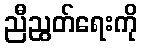
ညီညွတ်ရေးကို